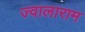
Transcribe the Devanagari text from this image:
ज्वालाराम